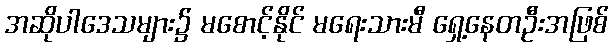
အဆိုပါဒေသများ၌ မစောင့်နိုင် မရေးသားမီ ရှေ့နေတဦးအဖြစ်